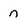
Character: n